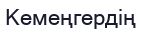
Кемеңгердің